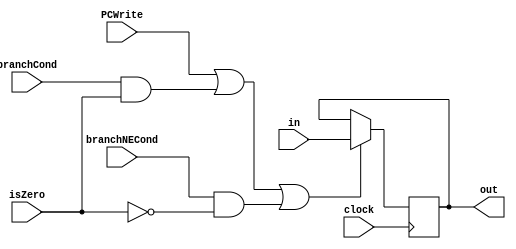
`timescale 1ns / 1ps
//////////////////////////////////////////////////////////////////////////////////
// Company: 
// Engineer: 
// 
// Design Name: 
// Module Name:    PC 
// Project Name: 
// Target Devices: 
// Tool versions: 
// Description: 
//
// Dependencies: 
//
// Revision: 
// Revision 0.01 - File Created
// Additional Comments: 
//
//////////////////////////////////////////////////////////////////////////////////
module PC(
    input [15:0] in,
    output reg [15:0] out,
    input clock,
    input PCWrite,
	 input branchCond,
	 input branchNECond,
	 input isZero
    );
initial out = 0;
always @ (posedge clock)
begin
	if(PCWrite==1 || (branchCond & isZero) || (branchNECond & !isZero))
	begin
		out = in;
	end
end
endmodule